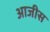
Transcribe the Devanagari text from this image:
आजीस